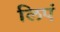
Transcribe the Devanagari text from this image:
लिएं